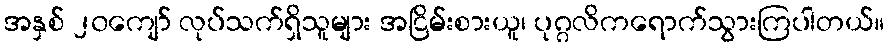
အနှစ် ၂၀ကျော် လုပ်သက်ရှိသူများ အငြိမ်းစားယူ၊ ပုဂ္ဂလိကရောက်သွားကြပါတယ်။